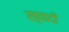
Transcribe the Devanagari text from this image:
ख़्वादी